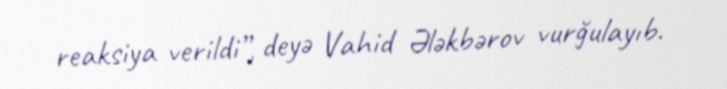
reaksiya verildi”, deyə Vahid Ələkbərov vurğulayıb.